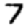
Digit: 7